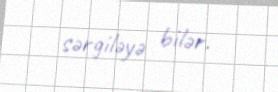
sərgiləyə bilər.